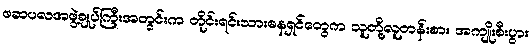
ဖဆပလအဖွဲ့ချုပ်ကြီးအတွင်းက တိုင်းရင်းသားဓနရှင်တွေက သူတို့လူတန်းစား အကျိုးစီးပွား